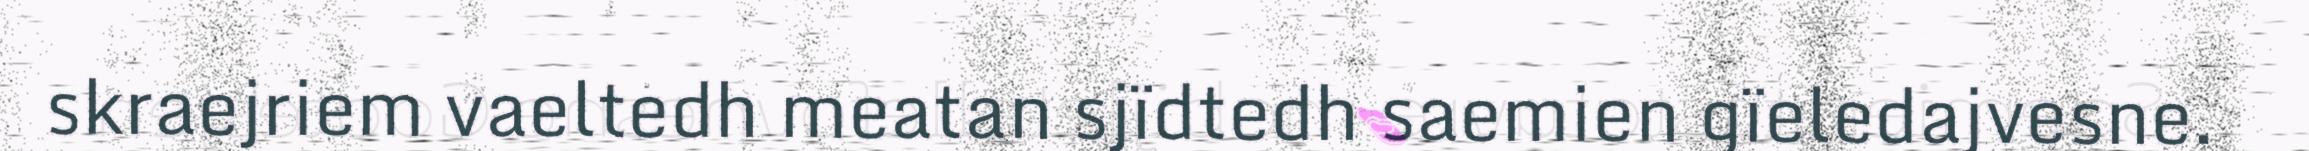
skraejriem vaeltedh meatan sjïdtedh saemien gïeledajvesne.